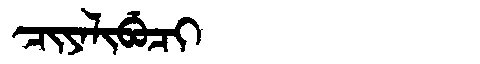
Manchu: ᠴᡳᠶᠠᠯᡳᠪᡠᠴᡳ
Romanization: CIYALIBUCI